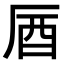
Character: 𠩚